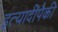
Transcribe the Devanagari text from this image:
इत्यादींपैकी